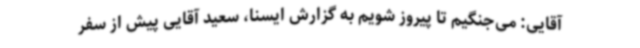
آقایی: می‌جنگیم تا پیروز شویم به گزارش ایسنا، سعید آقایی پیش از سفر